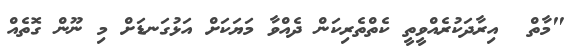
"މާތް  އިރާދަކުރެއްވީތީ ކެތްތެރިކަން ދެއްވާ މަަޔަކަށް އަޅުގަނޑަށް މި ނޫން ގޮތެއް